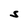
Character: S